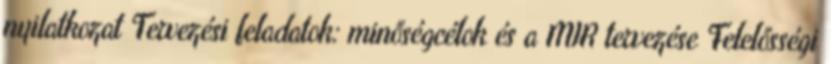
nyilatkozat Tervezési feladatok: minőségcélok és a MIR tervezése Felelősségi